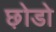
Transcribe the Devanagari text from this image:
छ़ोडो